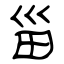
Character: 甾